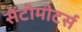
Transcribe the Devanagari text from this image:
सेंटीमीटर्स